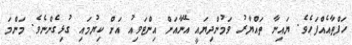
ހަފްތާއެއްފަހެވެ. ޔައިނާ ތައްޔާރު ވަމުންދިޔައީ އޭނާއަށް އިންޓަވިއު އަށް ކިޔުމައި ގުޅިގެންނެވެ. މަންމަ